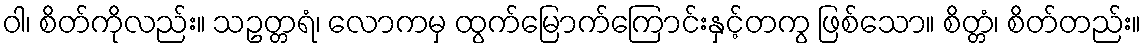
ဝါ၊ စိတ်ကိုလည်း။ သဥတ္တရံ၊ လောကမှ ထွက်မြောက်ကြောင်းနှင့်တကွ ဖြစ်သော။ စိတ္တံ၊ စိတ်တည်း။